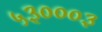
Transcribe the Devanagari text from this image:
५३०००३